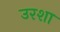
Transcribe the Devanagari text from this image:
उरशा